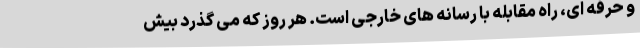
و حرفه ای، راه مقابله با رسانه های خارجی است. هر روز که می گذرد بیش